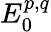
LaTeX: E_{0}^{p,q}